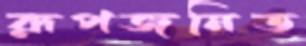
রূপজনিত